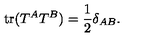
\mathrm { t r } ( T ^ { A } T ^ { B } ) = { \frac { 1 } { 2 } } \delta _ { A B } .